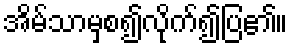
အိမ်သာမှစ၍လိုက်၍ပြ၏။